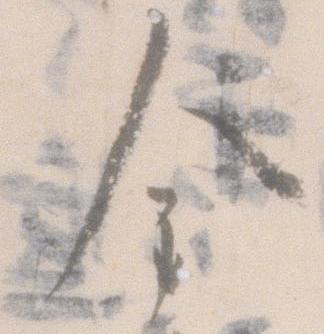
金